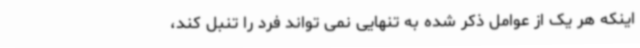
اینکه هر یک از عوامل ذکر شده به تنهایی نمی تواند فرد را تنبل کند،